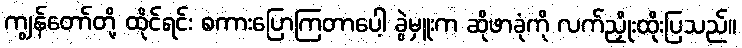
ကျွန်တော်တို့ ထိုင်ရင်း စကားပြောကြတာပေါ့ ခွဲမှူးက ဆိုဖာခုံကို လက်ညှိုးထိုးပြသည်။